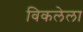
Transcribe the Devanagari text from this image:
विकलेला